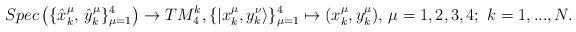
LaTeX: \begin{align*}Spec\left(\{\hat{x}^\mu_k ,\,\hat{y}^\mu_k\}^4_{\mu=1}\right)\to TM^k_4,\{|x^\mu_k,y^\nu_k\rangle\}^4_{\mu=1}\mapsto (x^\mu_k,y^\mu_k),\,\mu=1,2,3,4;\,\,k=1,...,N.\end{align*}